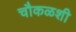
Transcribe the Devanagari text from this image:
चौकळशी